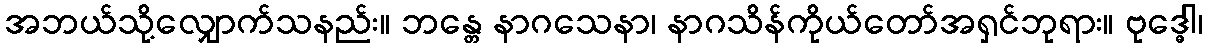
အဘယ်သို့လျှောက်သနည်း။ ဘန္တေ နာဂသေနာ၊ နာဂသိန်ကိုယ်တော်အရှင်ဘုရား။ ဗုဒ္ဓေါ၊